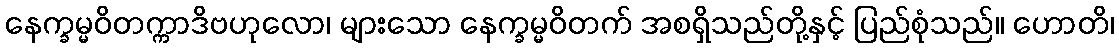
နေက္ခမ္မဝိတက္ကာဒိဗဟုလော၊ များသော နေက္ခမ္မဝိတက် အစရှိသည်တို့နှင့် ပြည်စုံသည်။ ဟောတိ၊